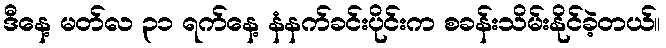
ဒီနေ့ မတ်လ ၃၁ ရက်နေ့ နံနက်ခင်းပိုင်းက စခန်းသိမ်းနိုင်ခဲ့တယ်။